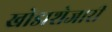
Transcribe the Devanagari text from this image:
खोडाशेजारी